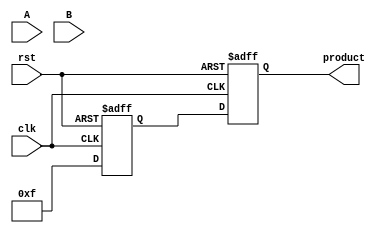
module PipelinedWallaceTreeMultiplier #(parameter WIDTH = 8) (
    input wire clk,
    input wire rst,
    input wire [WIDTH-1:0] A,
    input wire [WIDTH-1:0] B,
    output reg [2*WIDTH-1:0] product
);

    // Internal signals
    wire [WIDTH-1:0] partial_products[WIDTH-1:0];
    wire [2*WIDTH-1:0] sum_stage1[WIDTH:0];
    wire [2*WIDTH-1:0] sum_stage2[WIDTH:0];
    wire [2*WIDTH-1:0] final_sum;

    // Generate Partial Products
    genvar i;
    generate
        for (i = 0; i < WIDTH; i = i + 1) begin : gen_partial_products
            assign partial_products[i] = A & {WIDTH{B[i]}};
        end
    endgenerate

    // Wallace Tree Reduction Stage 1
    integer j;
    always @(*) begin
        for (j = 0; j < WIDTH; j = j + 1) begin
            sum_stage1[j] = {partial_products[j], j}; // Align partial products
        end
    end

    // Wallace Tree Reduction Stage 2
    always @(*) begin
        // Reduce partial products using half-adders and full-adders
        // This is a simplified version, a full implementation would require more logic
        for (j = 0; j < WIDTH/3; j = j + 1) begin
            // Example: Using a simple adder for demonstration
            sum_stage2[j] = sum_stage1[3*j] + sum_stage1[3*j+1] + sum_stage1[3*j+2];
        end
    end

    // Final Addition Stage
    always @(*) begin
        // Example: Final sum of the last two stages
        final_sum = sum_stage2[0] + sum_stage2[1]; // Simplified for demonstration
    end

    // Pipelining Registers
    reg [2*WIDTH-1:0] stage1_reg, stage2_reg;

    always @(posedge clk or posedge rst) begin
        if (rst) begin
            product <= 0;
            stage1_reg <= 0;
            stage2_reg <= 0;
        end else begin
            // Stage 1: Latch the first stage result
            stage1_reg <= final_sum; // Capture the result of the last addition stage
            // Stage 2: Latch the final product
            product <= stage1_reg; // Output the product
        end
    end

endmodule